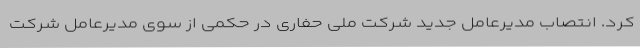
کرد. انتصاب مدیرعامل جدید شرکت ملی حفاری در حکمی از سوی مدیرعامل شرکت